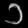
Digit: ၁